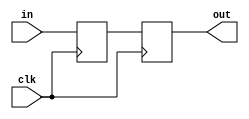
module cdc_2ff(
    input clk,
    input in,
    output out
    );

reg a, b;

always @(posedge clk) begin
    a <= in;
end 

always @(posedge clk) begin
    b <= a;
end 

assign out = b;

endmodule